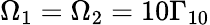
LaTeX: \Omega_{1}=\Omega_{2}=10\Gamma_{10}